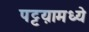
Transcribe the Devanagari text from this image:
पट्टय़ामध्ये